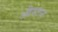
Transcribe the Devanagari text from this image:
औस्तन